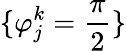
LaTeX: \{ {\varphi}_{j}^{k}=\frac{\pi}{2}\}